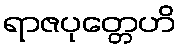
ရာဇပုတ္တေဟိ